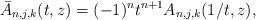
LaTeX: \begin{align*}\bar{A}_{n,j,k}(t,z)=(-1)^{n}t^{n+1}A_{n,j,k}(1/t,z),\end{align*}